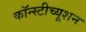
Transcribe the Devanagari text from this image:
कॉन्स्टीच्यूशन